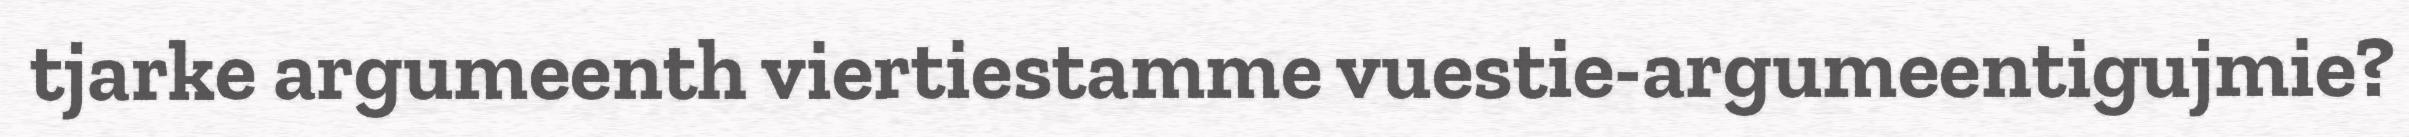
tjarke argumeenth viertiestamme vuestie-argumeentigujmie?